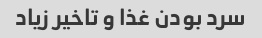
سرد بودن غذا و تاخیر زیاد